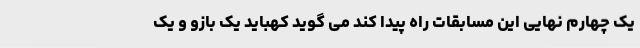
یک چهارم نهایی این مسابقات راه پیدا کند می گوید کهباید یک بازو و یک